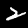
Digit: 2